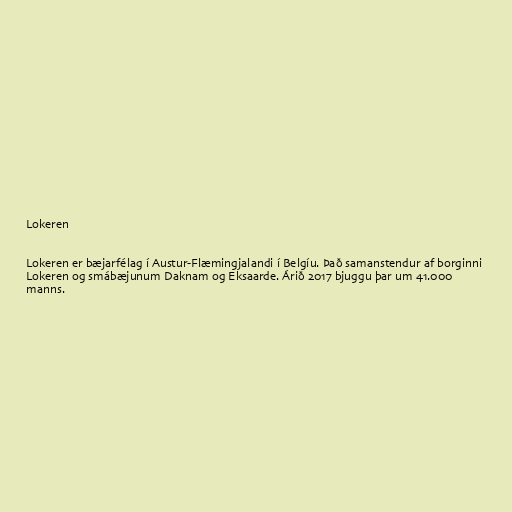
Lokeren

Lokeren er bæjarfélag í Austur-Flæmingjalandi í Belgíu. Það samanstendur af borginni
Lokeren og smábæjunum Daknam og Eksaarde. Árið 2017 bjuggu þar um 41.000
manns.